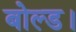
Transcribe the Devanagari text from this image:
बोल्ड।